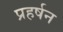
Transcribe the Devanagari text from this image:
प्रहर्षन